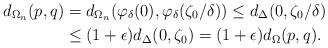
LaTeX: \begin{align*} d_{\Omega_n}(p,q) &= d_{\Omega_n}(\varphi_{\delta}(0), \varphi_{\delta}(\zeta_0/\delta)) \leq d_{\Delta}(0,\zeta_0/\delta)\\ & \leq (1+\epsilon)d_{\Delta}(0,\zeta_0) = (1+\epsilon)d_{\Omega}(p,q).\end{align*}